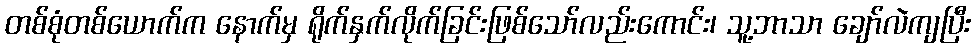
တစ်စုံတစ်ယောက်က နောက်မှ ရိုက်နှက်လိုက်ခြင်းဖြစ်သော်လည်းကောင်း၊ သူ့ဘာသာ ချော်လဲကျပြီး